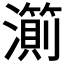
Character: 𱩹